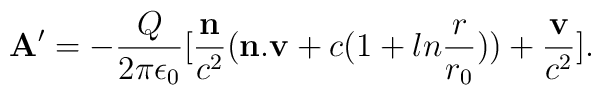
{\bf A}'=-{Q\over{2\pi\epsilon_0}}[{{\bf n}\over {c^2}}({\bf n.v}+c(1+ln{r\over{r_0}}))+{{\bf v}\over {c^2}}].